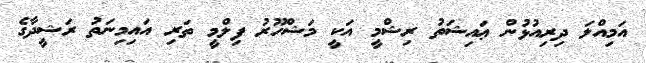
އަމިއްލަ ދިރިއުޅުން ޢައިޝަތު ރިޝްމީ އަކީ މަޝްހޫރު ފިލްމީ ތަރި އައިމިނަތު ރަޝީދާގެ